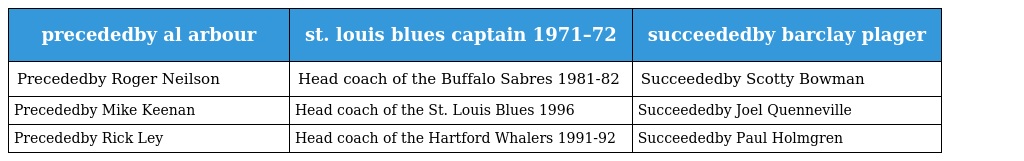
| precededby al arbour | st. louis blues captain 1971–72 | succeededby barclay plager |
 | --- | --- | --- |
 | Precededby Roger Neilson | Head coach of the Buffalo Sabres 1981-82 | Succeededby Scotty Bowman |
 | Precededby Mike Keenan | Head coach of the St. Louis Blues 1996 | Succeededby Joel Quenneville |
 | Precededby Rick Ley | Head coach of the Hartford Whalers 1991-92 | Succeededby Paul Holmgren |